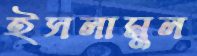
ইসলামুল